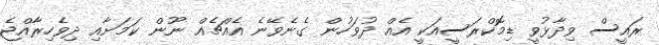
ރައީސް ވިދާޅުވީ ޑިމޮކްރަސީއަކީ އެއް ދުވަހުން ގެނެވޭނެ އެއްޗެއް ނޫން ކަމަށާއި ދިވެހިރާއްޖެ